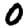
Digit: 0